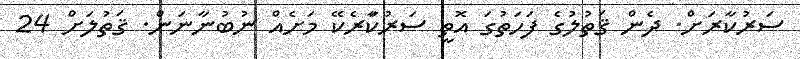
ސަރުކާރަށް. ދެން ޤަތުލުގެ ފަހަތުގަ އޮތީ ސަރުކާަރެކޭ މަށެއް ނުބުނާނަން. ޤަތުލަށް 24